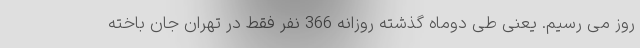
روز می رسیم. یعنی طی دوماه گذشته روزانه 366 نفر فقط در تهران جان باخته